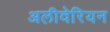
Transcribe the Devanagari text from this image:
अलीवेरियन